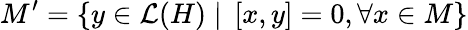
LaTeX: M^{\prime}=\left\{ y\in\mathcal{L}(H)\mid\, \left[x,y\right]=0,\forall x\in M\right\}